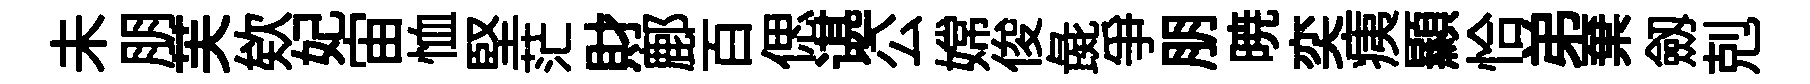
未朋芙欸妃宙恤堅茫財鄜百偲谌公嫦俊彘爭朋暁奕痍顯恰弟棄劔剋